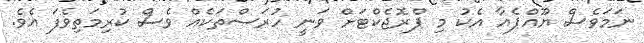
ނަމަވެސް ޔޫއްޕެއާ އެކު މި ޕްރޮޖެކްޓަށް ވަނީ ހުރަސްތަކެއް ވެސް ކުރިމަތިވެފަ އެވެ.